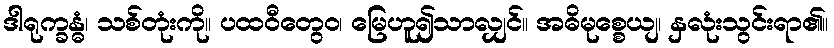
ဒါရုက္ခန္ဓံ၊ သစ်တုံးကို။ ပထဝီတွေဝ၊ မြေဟူ၍သာလျှင်။ အဓိမုစ္စေယျ၊ နှလုံးသွင်းရာ၏။